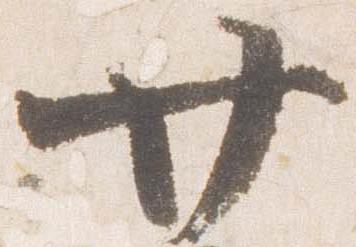
廿